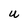
Character: U